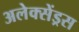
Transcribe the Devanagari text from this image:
अलेक्सेंड्रस